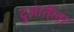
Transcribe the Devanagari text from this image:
दुआर्तेला